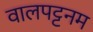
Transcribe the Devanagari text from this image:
वालपट्टनम